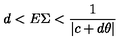
d < E \Sigma < \frac { 1 } { | c + d \theta | }